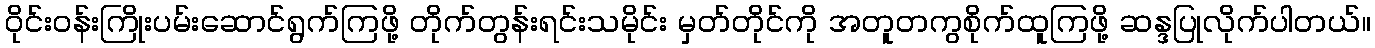
ဝိုင်းဝန်းကြိုးပမ်းဆောင်ရွက်ကြဖို့ တိုက်တွန်းရင်းသမိုင်း မှတ်တိုင်ကို အတူတကွစိုက်ထူကြဖို့ ဆန္ဒပြုလိုက်ပါတယ်။